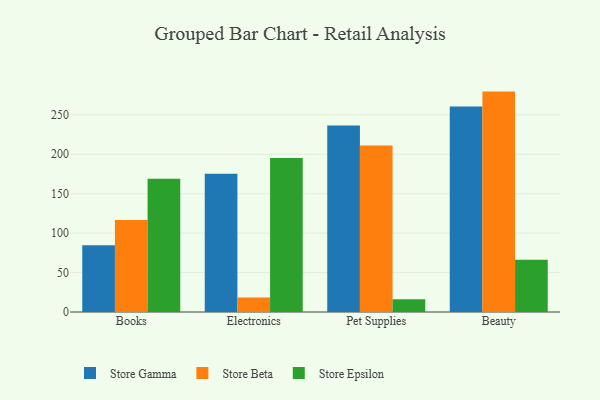
{"axis": {"x": "Category", "y": "Revenue (USD Million)"}, "legend": ["Store Beta", "Store Epsilon", "Store Gamma"], "data": [{"x": "Books", "y": 84.8, "type": "Store Gamma"}, {"x": "Books", "y": 116.7, "type": "Store Beta"}, {"x": "Books", "y": 169.0, "type": "Store Epsilon"}, {"x": "Electronics", "y": 175.2, "type": "Store Gamma"}, {"x": "Electronics", "y": 18.3, "type": "Store Beta"}, {"x": "Electronics", "y": 195.3, "type": "Store Epsilon"}, {"x": "Pet Supplies", "y": 236.6, "type": "Store Gamma"}, {"x": "Pet Supplies", "y": 211.0, "type": "Store Beta"}, {"x": "Pet Supplies", "y": 16.1, "type": "Store Epsilon"}, {"x": "Beauty", "y": 260.7, "type": "Store Gamma"}, {"x": "Beauty", "y": 279.5, "type": "Store Beta"}, {"x": "Beauty", "y": 66.4, "type": "Store Epsilon"}]}